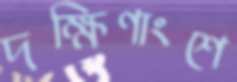
দক্ষিণাংশে